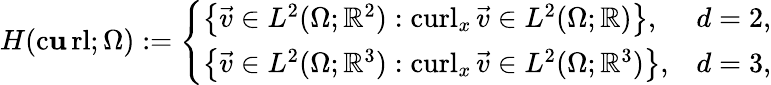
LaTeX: H(\operatorname{c\mathbf{u}rl};\Omega):=\left\{ \begin{array}{ll}{\left\{ \vec{v}\in L^{2}(\Omega;\mathbb R^{2}):\operatorname{curl}_{x}\vec{v}\in L^{2}(\Omega;\mathbb R)\right\} ,}&{d=2,}\\ {\left\{ \vec{v}\in L^{2}(\Omega;\mathbb R^{3}):\operatorname{curl}_{x}\vec{v}\in L^{2}(\Omega;\mathbb R^{3})\right\} ,}&{d=3,}\end{array}\right.